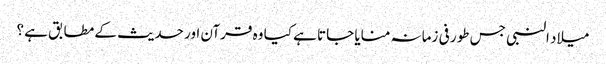
میلاد النبی جس طور فی زمانہ منایا جاتا ہے کیا وہ قرآن اور حدیث کے مطابق ہے ؟